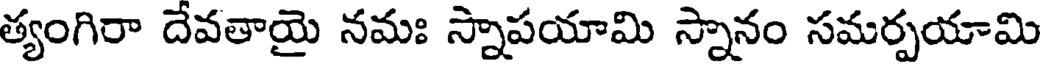
త్యంగిరా దేవతాయై నమః స్నాపయామి స్నానం సమర్పయామి